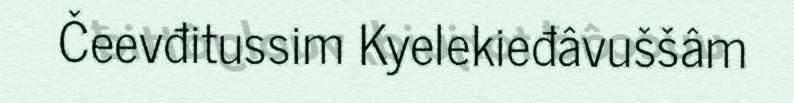
Čeevđitussim Kyelekieđâvuššâm